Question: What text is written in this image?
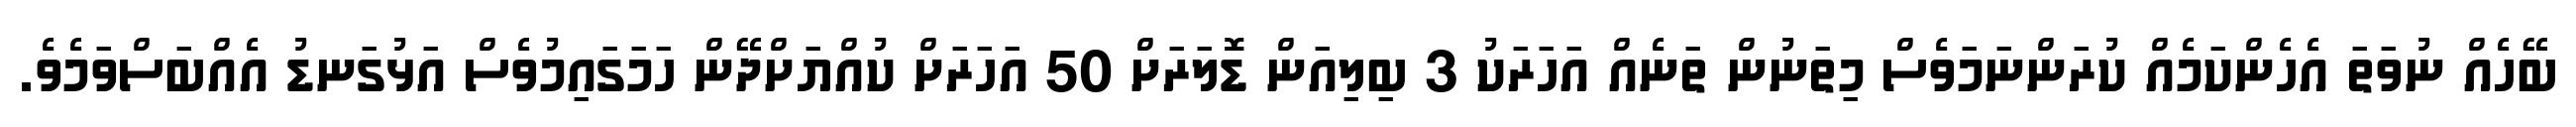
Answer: ބޭހެއް ނުވަތަ އެހެންކަމެއް ކުރަންނަމަވެސް މިތަނުން ތަނެއް އަހަރަކު 3 ބިލިއަން ޑޮލަރަށް 50 އަހަރަށް ކުއްޔަށްދޭން ހަމަގައިމުވެސް އަޅުގަނޑު އެއްބަސްވަމެވެ.